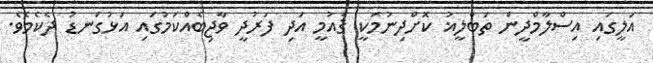
އަލީގައި އިސްލާމްދީން ތަބްލީޣު ކޮށްދިނުމަކީ ޤައުމީ އަދި ފަރުދީ ވާޖިބެއްކަމުގައި އަޅުގަނޑު ދެކެމެވެ.